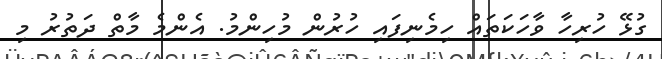
ގުޅޭ ހުރިހާ ވާހަކަތައް ހިމެނިފައި ހުރުން މުހިންމު. އެންމެ މާތް ދަތުރު މި